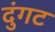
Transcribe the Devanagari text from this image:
दुंगट